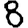
Digit: 8